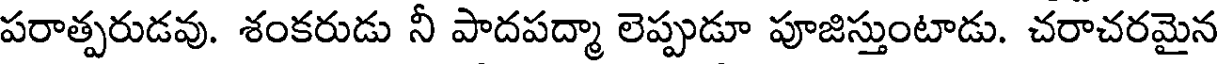
పరాత్పరుడవు. శంకరుడు నీ పాదపద్మా లెప్పుడూ పూజిస్తుంటాడు. చరాచరమైన